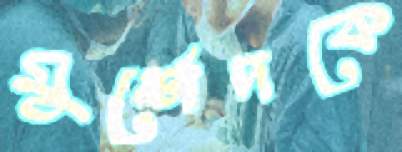
মুর্শেদকে